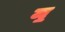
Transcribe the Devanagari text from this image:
म॒